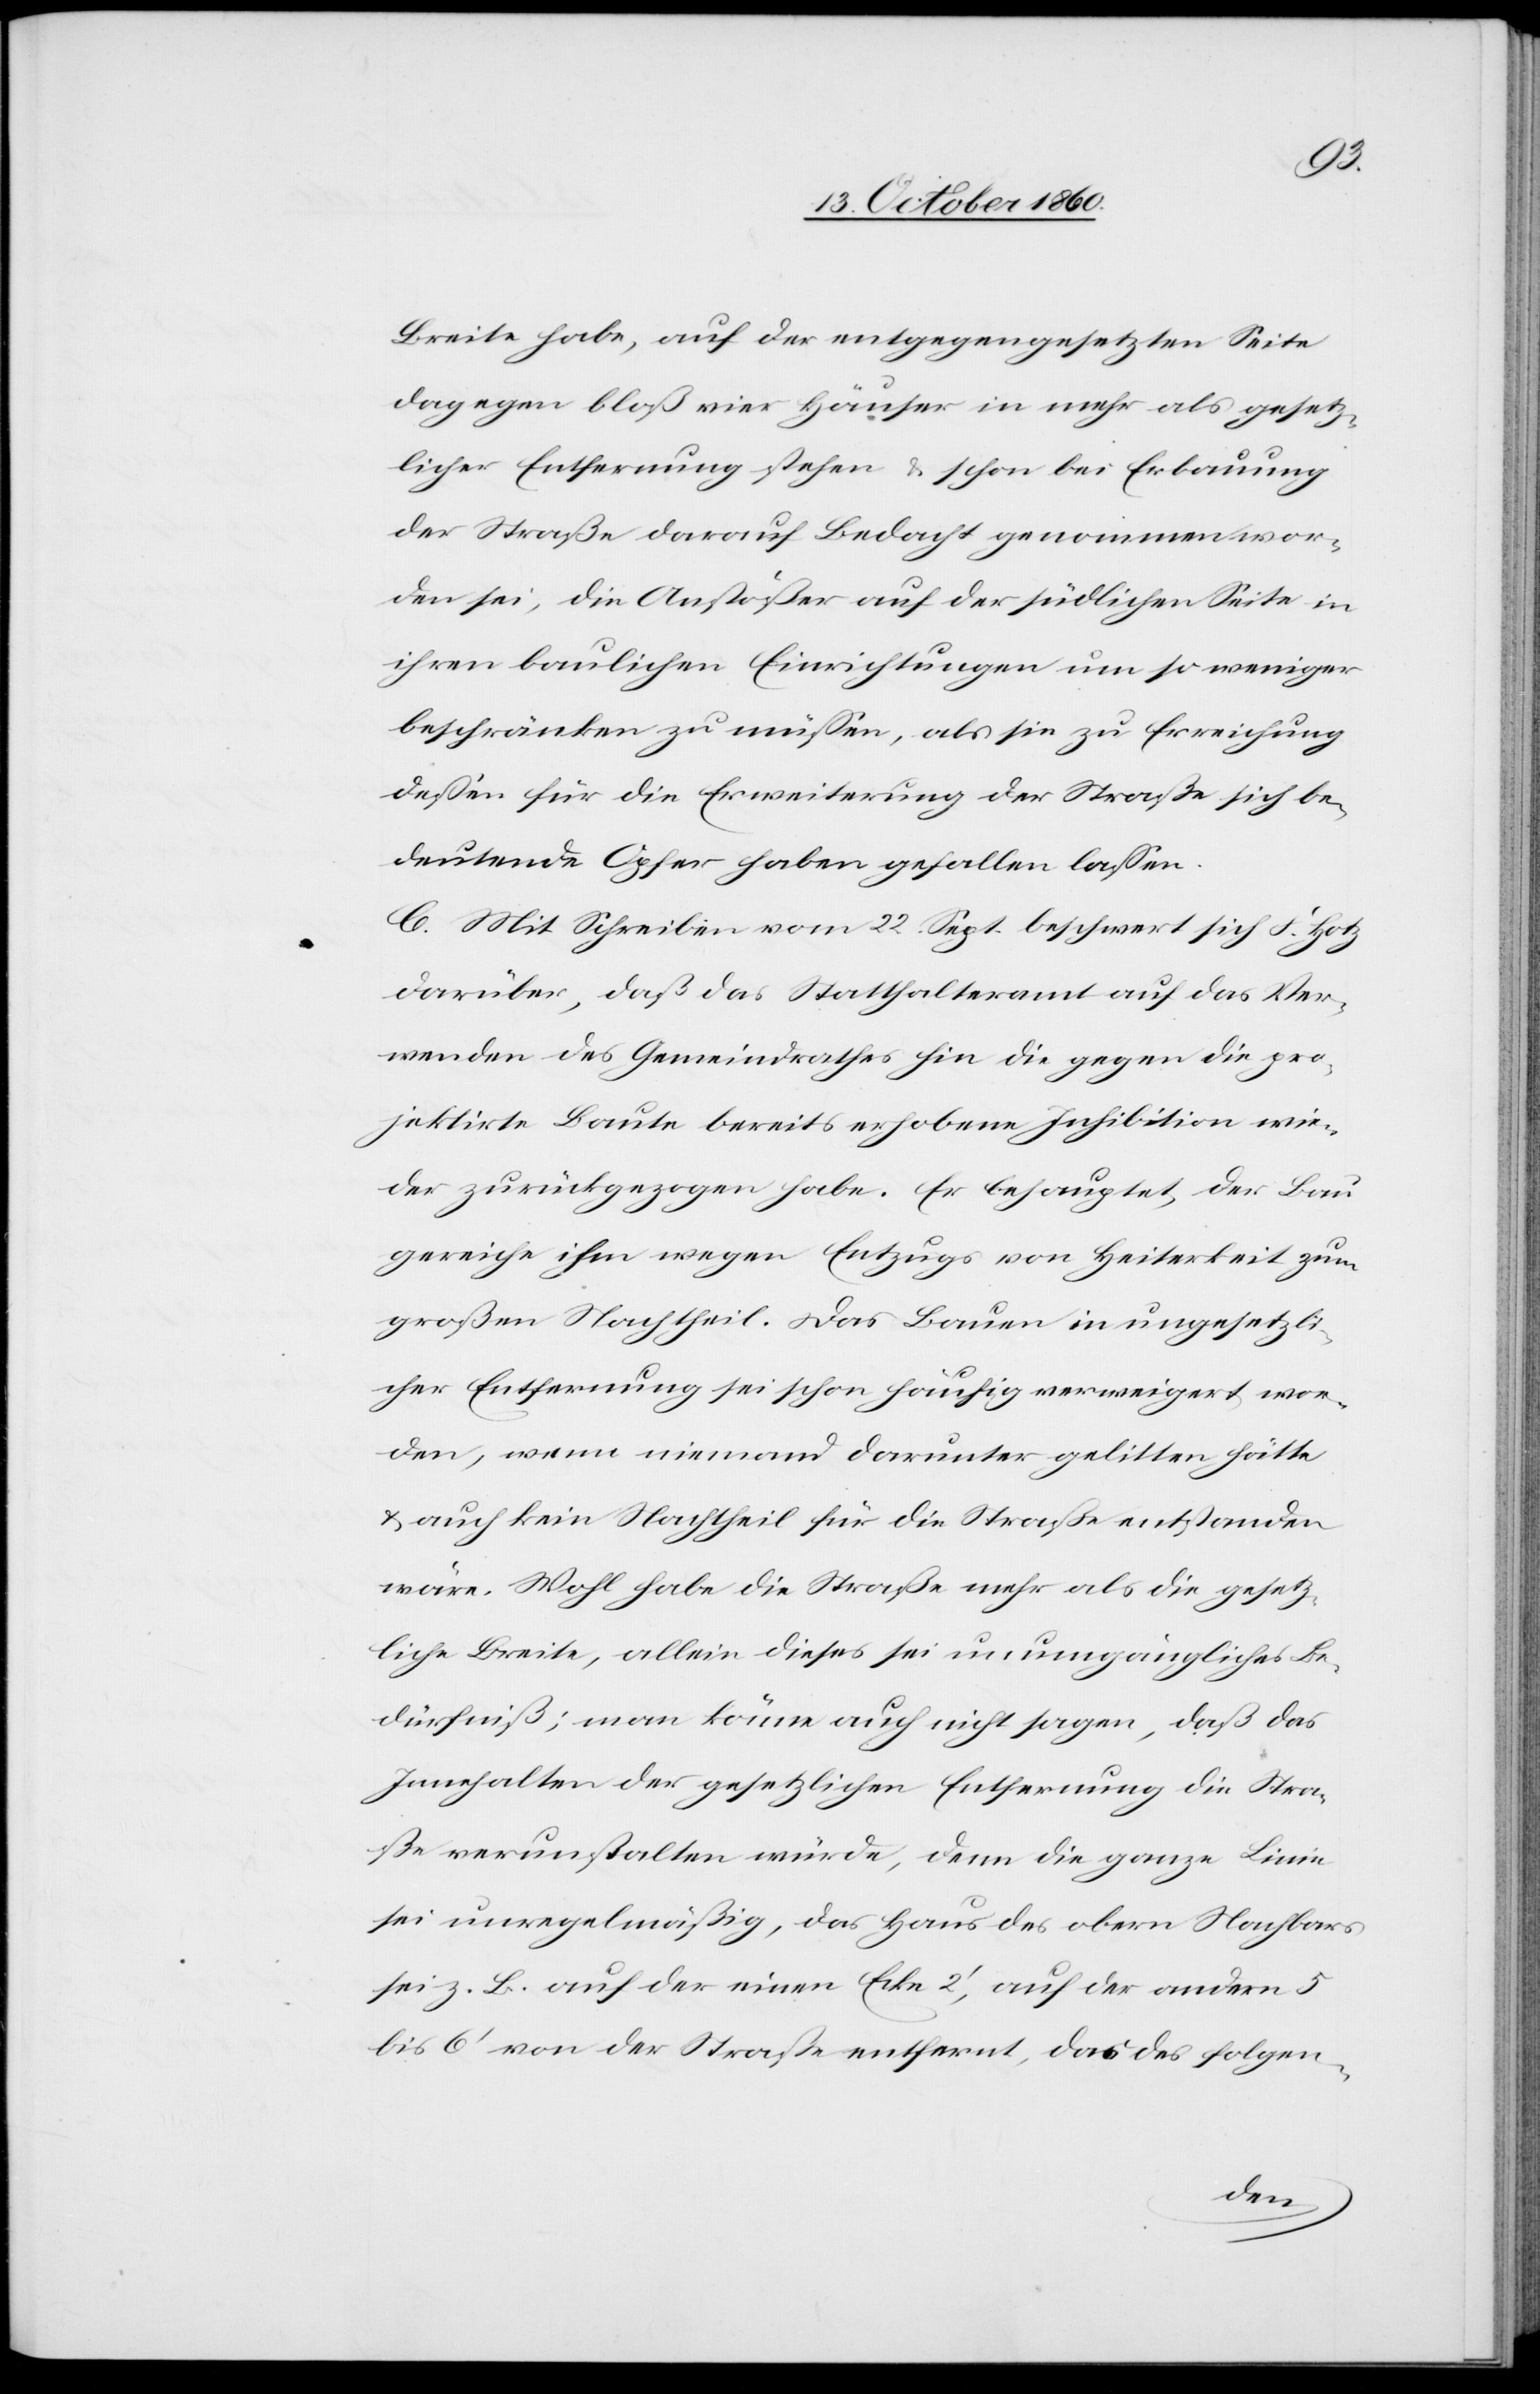
Breite habe, auf der entgegengesetzten Seite
dagegen bloß vier Häuser in mehr als gesetz¬
licher Entfernung stehen u. schon bei Erbauung
der Straße darauf Bedacht genommen wor¬
den sei, die Anstößer auf der südlichen Seite in
ihren baulichen Einrichtungen um so weniger
beschränken zu müssen, als sie zu Erreichung
dessen für die Erweiterung der Straße sich be¬
deutende Opfer haben gefallen lassen.
C. Mit Schreiben vom 22. Sept. beschwert sich F. Hotz
darüber, daß das Statthalteramt auf das Ver¬
wenden des Gemeindrathes hin die gegen die pro¬
jektirte Baute bereits erhobene Inhibition wie¬
der zurückgezogen habe. Er behauptet, der Bau
gereiche ihm wegen Entzugs von Heiterkeit zum
großen Nachtheil. Das Bauen in ungesetzli¬
cher Entfernung sei schon häufig verweigert wor¬
den, wenn niemand darunter gelitten hätte
u. auch kein Nachtheil für die Straße Entstanden
wäre. Wohl habe die Straße mehr als die gesetz¬
liche Breite, allein dieses sei unumgängliches Be¬
dürfniß; man könne auch nicht sagen, daß das
Innehalten der gesetzlichen Entfernung die Stra¬
ße verunstalten würde, denn die ganze Linie
sei unregelmäßig, das Haus des obern Nachbars
sei z. B. auf der neuen Ecke 2’, auf der andern 5
bis 6’ von der Straße entfernt, das des folgen-